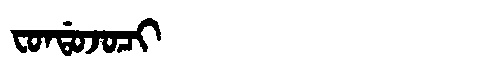
Manchu: ᠸᠣᠨᡩᠣᠵᠣᠴᡳ
Romanization: FONDOJOCI